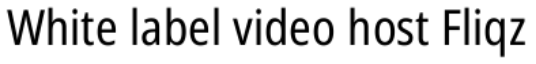
White label video host Fliqz